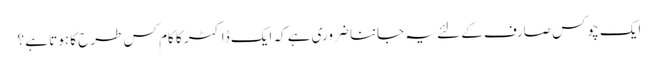
ایک چوکس صارف کے لئے یہ جاننا ضروری ہے کہ ایک ڈاکٹر کا کام کس طرح کا ہوتا ہے ؟